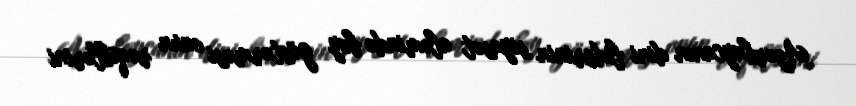
Azərbaycanın dini liderinin siyasət aləmində boy göstərməsi onun rəqiblərini